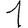
Digit: 1